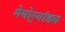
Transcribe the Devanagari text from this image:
मेमोर्‍यांडम